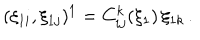
( \xi _ { 1 i } , \xi _ { 1 j } ) ^ { 1 } = C _ { i j } ^ { k } ( \xi _ { 1 } ) \, \xi _ { 1 k } \, .